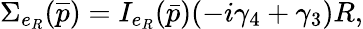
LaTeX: \Sigma_{e_{R}}(\overline{{{p}}})=I_{e_{R}}(\bar{p})(-i\gamma_{4}+\gamma_{3})R,